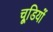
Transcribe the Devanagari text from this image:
चूडि़यों